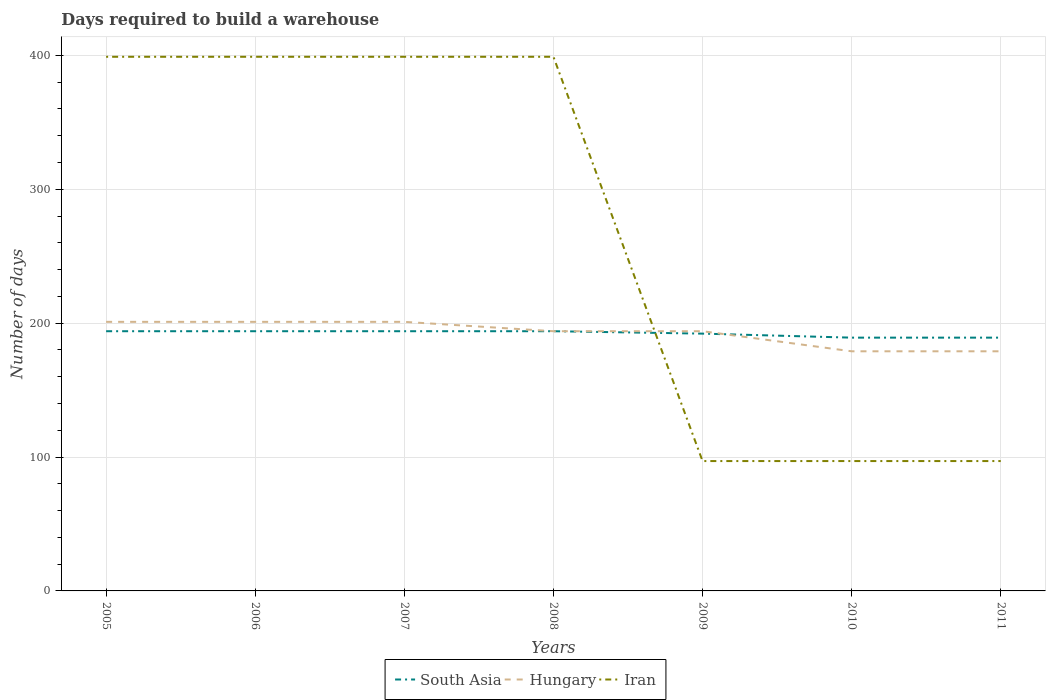
| Years | South Asia | Hungary | Iran |
 | --- | --- | --- | --- |
 | 2005 | 194 | 201 | 399 |
 | 2006 | 194 | 201 | 399 |
 | 2007 | 194 | 201 | 399 |
 | 2008 | 194 | 194 | 399 |
 | 2009 | 192 | 194 | 97 |
 | 2010 | 189 | 179 | 97 |
 | 2011 | 189 | 179 | 97 |